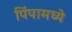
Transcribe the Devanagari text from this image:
पिंपामध्ये